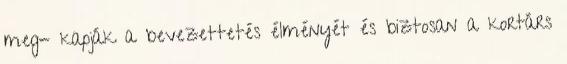
meg- kapják a bevezettetés élményét és biztosan a kortárs